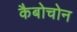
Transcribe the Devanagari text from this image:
कैबोचोन